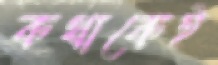
কথাকেই